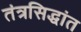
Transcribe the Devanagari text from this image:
तंत्रसिद्धांत